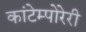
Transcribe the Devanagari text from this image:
कांटेम्पोरेरी